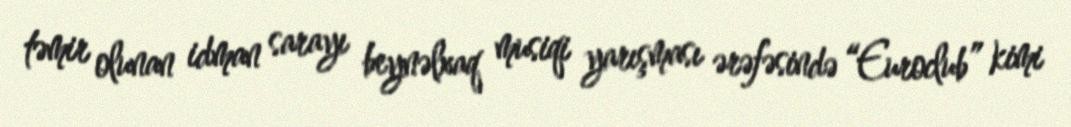
təmir olunan idman sarayı beynəlxaq musiqi yarışması ərəfəsində “Euroclub” kimi